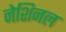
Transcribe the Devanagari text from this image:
नेशिनल